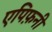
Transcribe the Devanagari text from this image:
एपिफ़नी